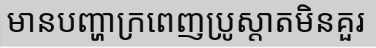
មានបញ្ហាក្រពេញប្រូស្តាតមិនគួរ